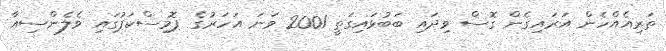
ތަރިއެއްހެން އަރައިގެން ގޮސް ވިދައި ބަބުޅައިގަތީ 2001 ވަނަ އަހަރުގެ ޕޮމިސްކަޕުގައި ވެލެންސިއާ